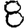
Digit: 8